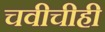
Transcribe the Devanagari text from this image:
चवीचीही